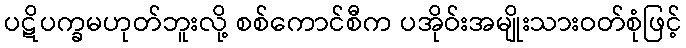
ပဋိပက္ခမဟုတ်ဘူးလို့ စစ်ကောင်စီက ပအိုဝ်းအမျိုးသားဝတ်စုံဖြင့်